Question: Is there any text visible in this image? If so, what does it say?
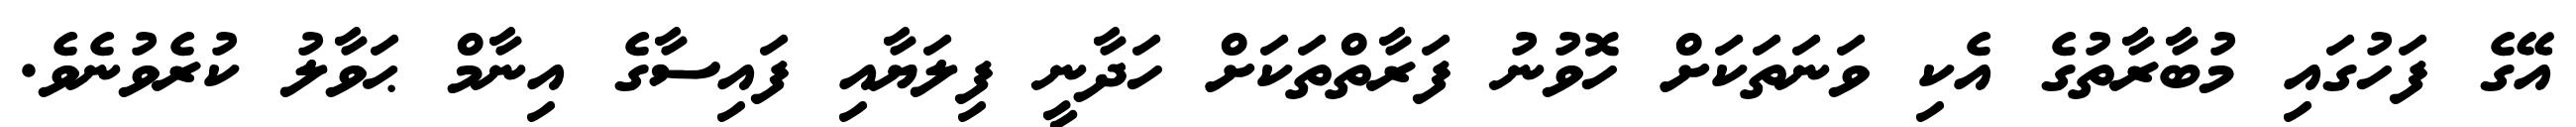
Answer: އޭގެ ފަހުގައި މުބާރާތުގެ އެކި ވަނަތަކަށް ހޮވުނު ފަރާތްތަކަށް ހަދާނީ ފިލަޔާއި ފައިސާގެ އިނާމް ޙަވާލު ކުރެވުނެވެ.